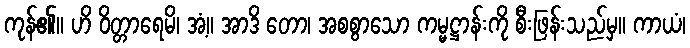
ကုန်၏။ ဟိ ဝိတ္တာရေမိ၊ အံ့။ အာဒိ တော၊ အစစွာသော ကမ္မဋ္ဌာန်းကို စီးဖြန်းသည်မှ။ ကာယံ၊